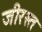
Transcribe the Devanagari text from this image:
जीरस्त